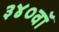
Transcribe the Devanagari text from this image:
३४०वॉ